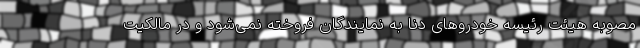
مصوبه هیئت رئیسه خودروهای دنا به نمایندگان فروخته نمی‌شود و در مالکیت